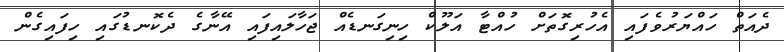
ދެއަތް ހައްޔަރުވެފައި އެހުރިގޮތަށް ހުއްޓާ އަލޫކް ހިނިގަނޑެއް ޖަހާލައިފައި އޭނާގެ ދެކޮނޑުގައި ހިފައިގެން